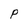
Character: P